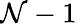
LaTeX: \mathcal{N}-1